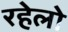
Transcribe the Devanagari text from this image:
रहेलो